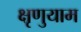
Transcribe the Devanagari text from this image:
क्षृणुयाम